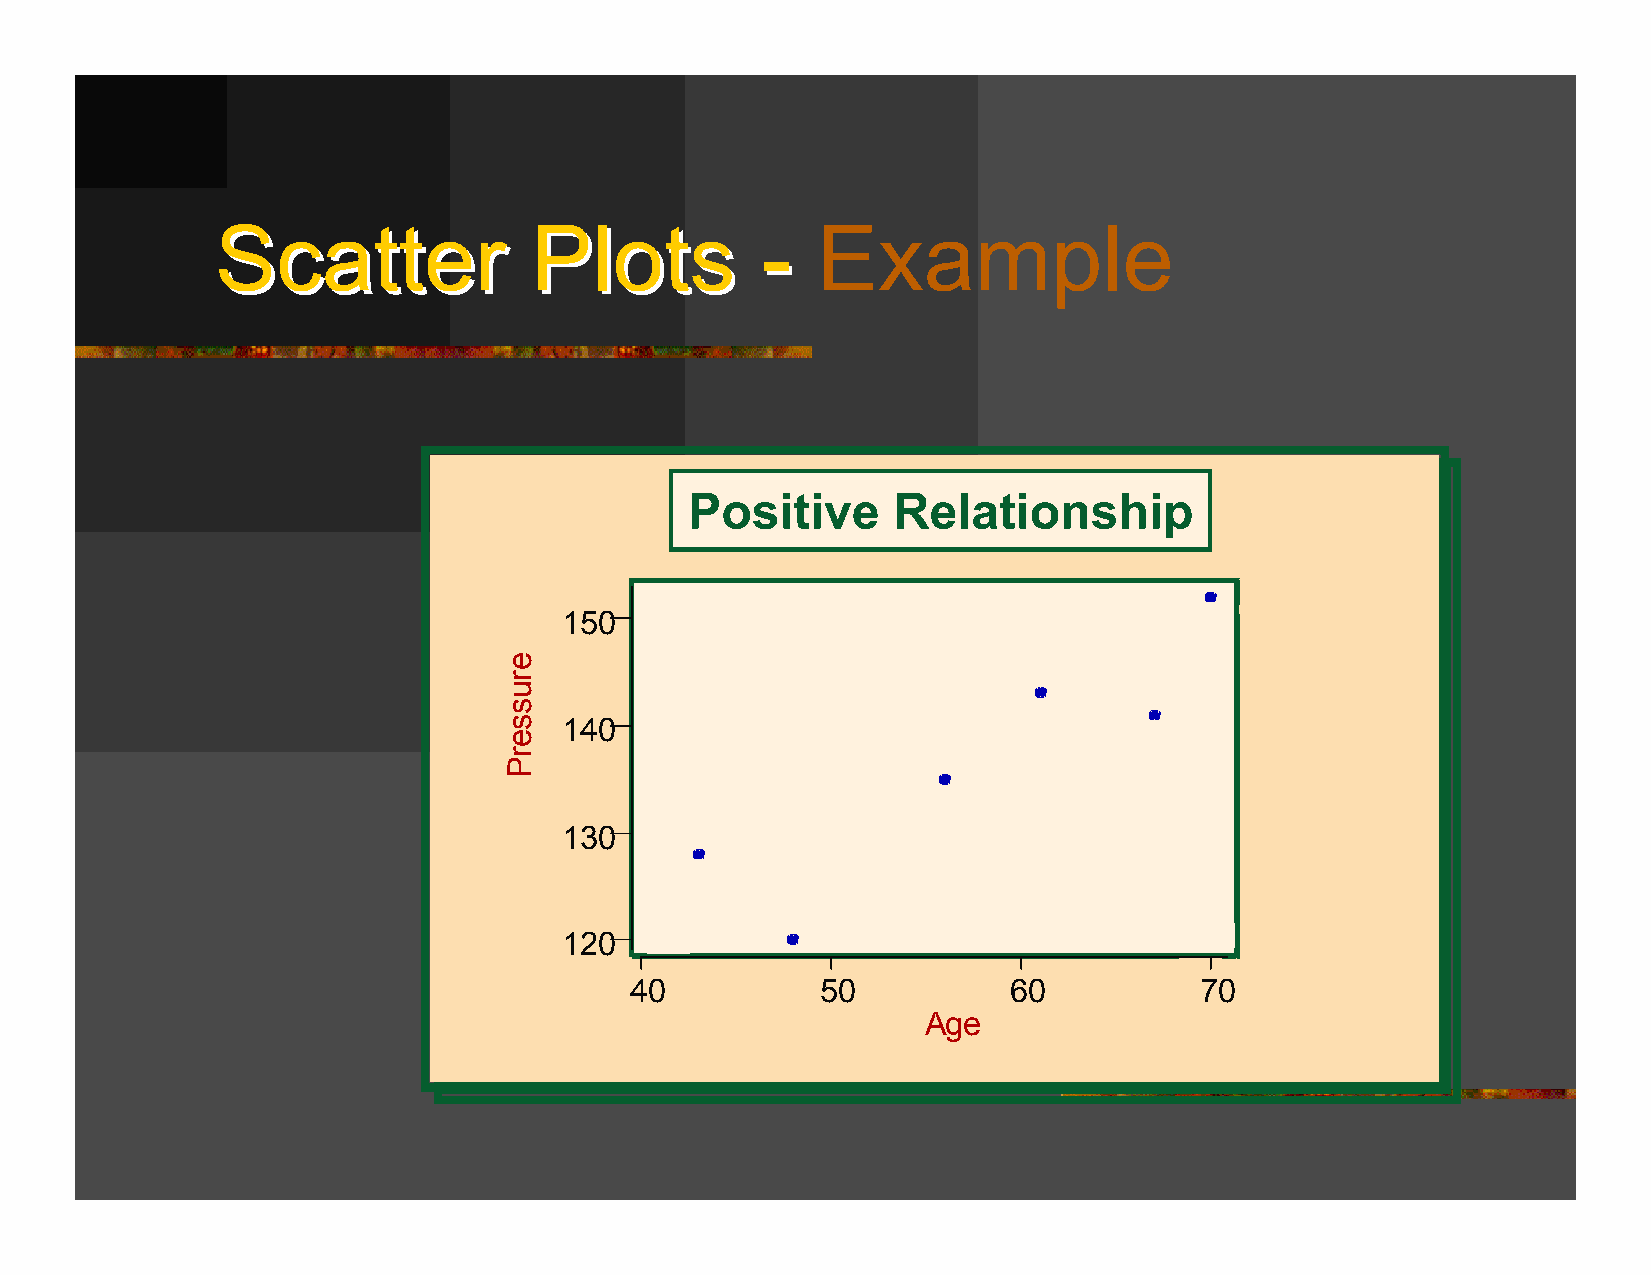
SSccaatttteerr       PPlloottss     --  Example
 Positive     Relationship
 150
 150
 140
 140
 130
 130
 120
 120
 40          50           60          70
 40          50           60          70
 Age
 Age
 erusserP
 erusserP